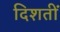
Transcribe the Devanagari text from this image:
दिशतीं